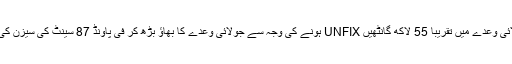
تاہم نیویارک کاٹن کے جولائی وعدے میں تقریبا 55 لاکھ گانٹھیں UNFIX ہونے کی وجہ سے جولائی وعدے کا بھاؤ بڑھ کر فی پاونڈ 87 سینٹ کی سیزن کی بلند ترین سطح پر پہنچ گیا۔